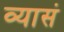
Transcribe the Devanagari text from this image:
व्यासं